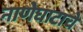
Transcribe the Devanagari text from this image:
नाणेघाटाचे